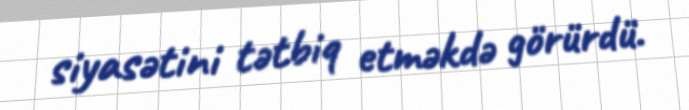
siyasətini tətbiq etməkdə görürdü.